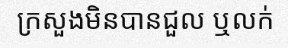
ក្រសួងមិនបានជួល ឬលក់